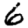
Digit: 6